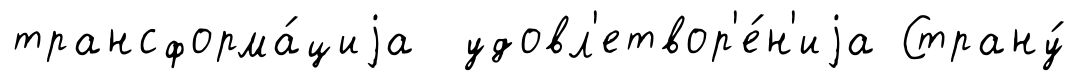
трансформа́циjа удовл'етвор'е́н'иjа Страну́